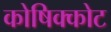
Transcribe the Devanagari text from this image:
कोषिक्कोट